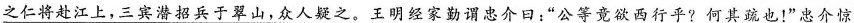
之仁将赴江上，三宾潜招兵于翠山，众人疑之。王明经家勤谓忠介日：”公等竟欲西行平?何其疏也！”忠介惊